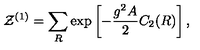
{ \cal Z } ^ { ( 1 ) } = \sum _ { R } \exp \left[ - { \frac { g ^ { 2 } A } { 2 } } C _ { 2 } ( R ) \right] ,